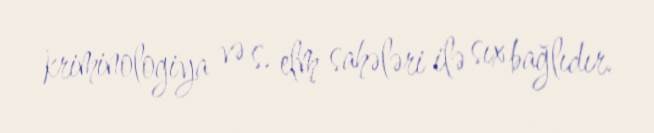
kriminologiya və s. elm sahələri ilə sıx bağlıdır.